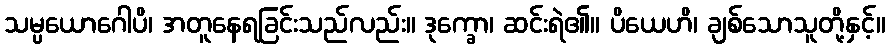
သမ္ပယောဂေါပိ၊ အတူနေရခြင်းသည်လည်း။ ဒုက္ခော၊ ဆင်းရဲ၏။ ပိယေဟိ၊ ချစ်သောသူတို့နှင့်။